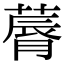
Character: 䔚